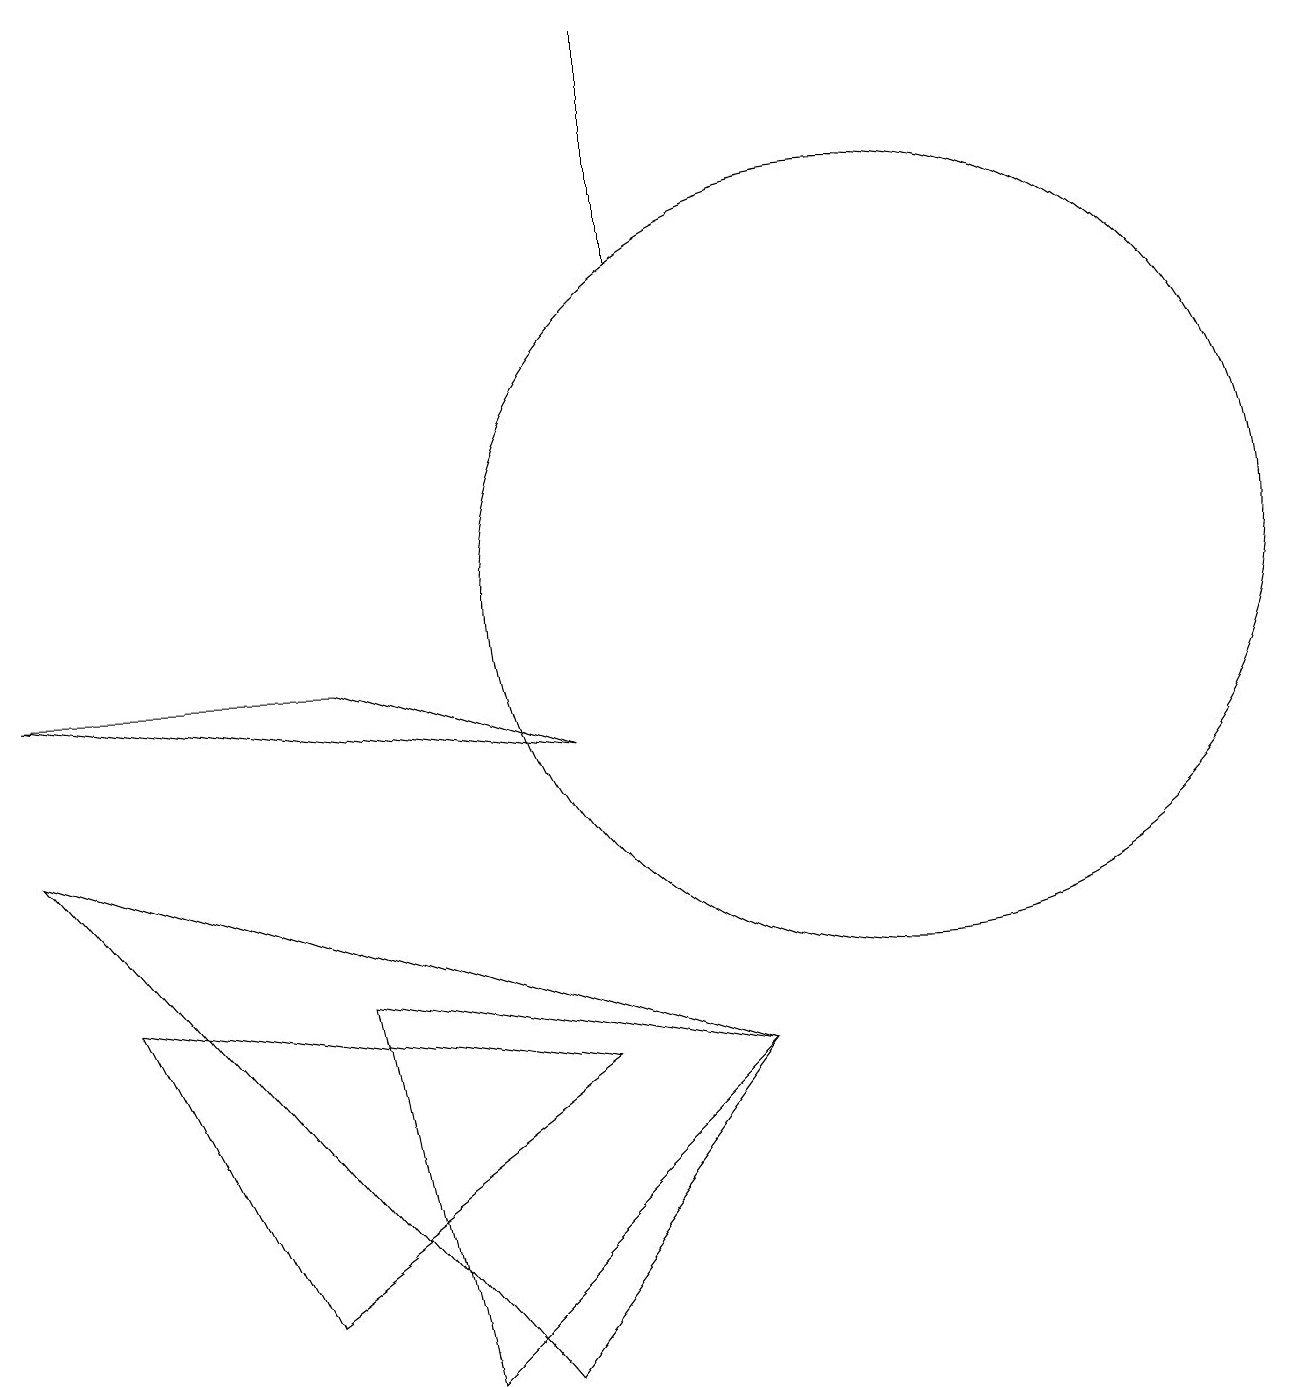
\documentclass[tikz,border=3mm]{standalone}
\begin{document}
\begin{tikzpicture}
\draw (4,5) -- (9,4) -- (5,0) -- cycle;
\draw (1,5) -- (7,4) -- (3,1) -- cycle;
\draw (0,9) -- (4,9) -- (7,8) -- cycle;
\draw (9,4) -- (0,7) -- (6,0) -- cycle;
\draw (10,11) circle (0);
\draw (8,17) rectangle (8,14);
\draw (11,10) circle (5);
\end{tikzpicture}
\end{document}